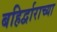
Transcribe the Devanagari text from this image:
बहिर्द्वाराच्या